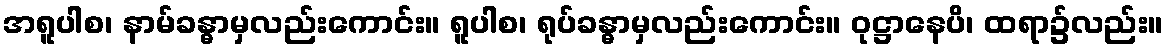
အရူပါစ၊ နာမ်ခန္ဓာမှလည်းကောင်း။ ရူပါစ၊ ရုပ်ခန္ဓာမှလည်းကောင်း။ ဝုဋ္ဌာနေပိ၊ ထရာ၌လည်း။